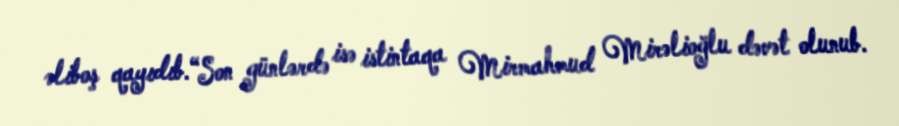
əliboş qayıdıb.“Son günlərdə isə istintaqa Mirmahmud Mirəlioğlu dəvət olunub.